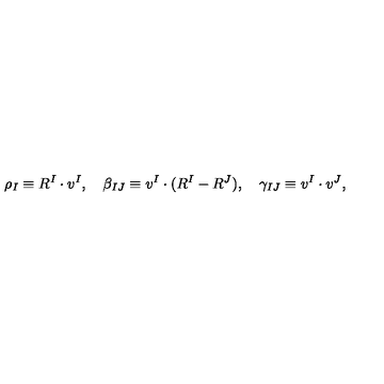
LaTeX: \rho _ { I } \equiv R ^ { I } \cdot v ^ { I } , \quad \beta _ { I J } \equiv v ^ { I } \cdot ( R ^ { I } - R ^ { J } ) , \quad \gamma _ { I J } \equiv v ^ { I } \cdot v ^ { J } ,